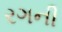
રગની